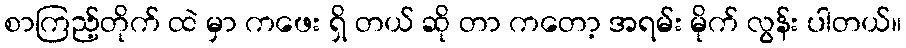
စာကြည့်တိုက် ထဲ မှာ ကဖေး ရှိ တယ် ဆို တာ ကတော့ အရမ်း မိုက် လွန်း ပါတယ်။